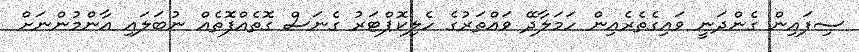
ސިފައިން ގެންދަނީ ވައިގެތެރެއިން ހަމަލާދޭ ވައްތަރުގެ ހެލިކޮޕްޓަރު ގެނަސް ގޮތެއްފޮތެއް ނުބަލައި އާންމުންނަށް